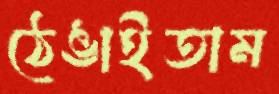
ঠেঙাইতাম